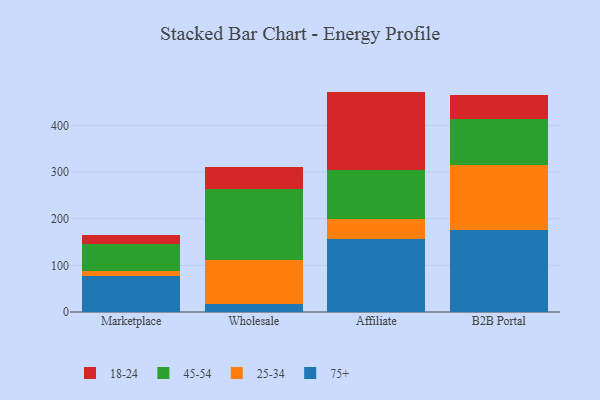
{"axis": {"x": "Channel", "y": "Latency (ms)"}, "legend": ["18-24", "25-34", "45-54", "75+"], "data": [{"x": "Marketplace", "y": 77.0, "type": "75+"}, {"x": "Marketplace", "y": 10.4, "type": "25-34"}, {"x": "Marketplace", "y": 59.0, "type": "45-54"}, {"x": "Marketplace", "y": 18.4, "type": "18-24"}, {"x": "Wholesale", "y": 17.6, "type": "75+"}, {"x": "Wholesale", "y": 93.3, "type": "25-34"}, {"x": "Wholesale", "y": 152.8, "type": "45-54"}, {"x": "Wholesale", "y": 48.0, "type": "18-24"}, {"x": "Affiliate", "y": 156.4, "type": "75+"}, {"x": "Affiliate", "y": 43.3, "type": "25-34"}, {"x": "Affiliate", "y": 105.5, "type": "45-54"}, {"x": "Affiliate", "y": 167.1, "type": "18-24"}, {"x": "B2B Portal", "y": 174.7, "type": "75+"}, {"x": "B2B Portal", "y": 139.9, "type": "25-34"}, {"x": "B2B Portal", "y": 98.1, "type": "45-54"}, {"x": "B2B Portal", "y": 51.7, "type": "18-24"}]}